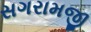
સગરામજી